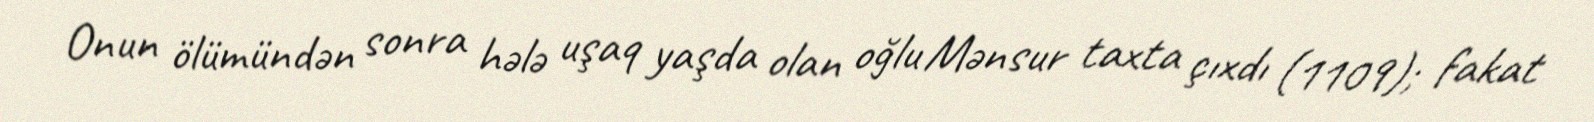
Onun ölümündən sonra hələ uşaq yaşda olan oğlu Mənsur taxta çıxdı (1109); fakat